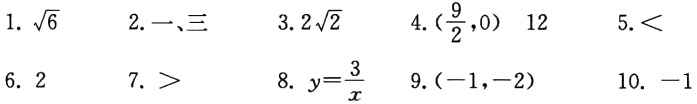
1. $\sqrt{6}$
2. 一、三
3. $2\sqrt{2}$
4. $(\frac{9}{2},0)$ 12
5. $<$
6. 2
7. $>$
8. $y = \frac{3}{x}$
9. $(-1,-2)$
10. $-1$